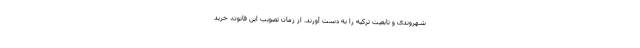
شهروندی و تابعیت ترکیه را به دست آورند. از زمان تصویب این قانون، خرید